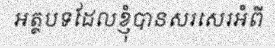
អត្ថបទដែលខ្ញុំបានសរសេរអំពី